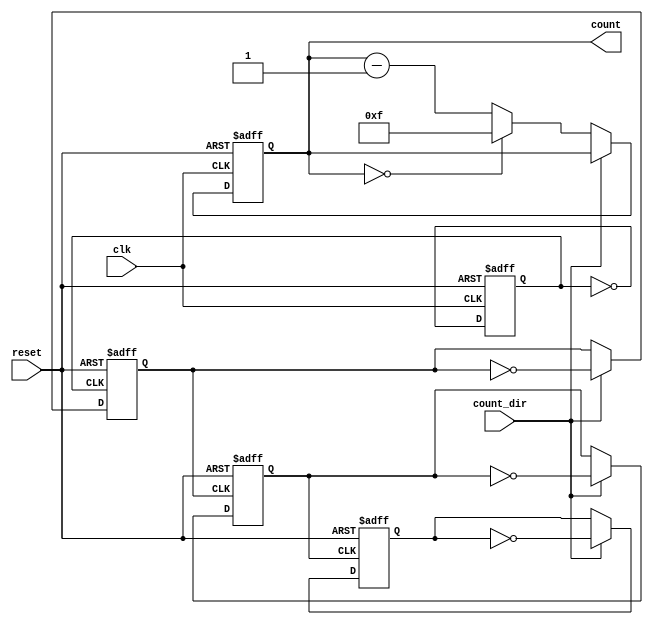
module async_counter (
    input wire clk,          // Clock input
    input wire reset,        // Asynchronous reset input
    input wire count_dir,    // Count direction: 1 for up, 0 for down
    output reg [3:0] count   // 4-bit counter output
);

// Flip-flop for LSB
always @(posedge clk or posedge reset) begin
    if (reset) begin
        count[0] <= 1'b0; // Reset LSB to 0
    end else begin
        count[0] <= ~count[0]; // Toggle LSB
    end
end

// Flip-flop for second bit
always @(negedge count[0] or posedge reset) begin
    if (reset) begin
        count[1] <= 1'b0; // Reset second bit to 0
    end else if (count_dir) begin
        count[1] <= ~count[1]; // Toggle second bit on LSB falling edge for count up
    end
end

// Flip-flop for third bit
always @(negedge count[1] or posedge reset) begin
    if (reset) begin
        count[2] <= 1'b0; // Reset third bit to 0
    end else if (count_dir) begin
        count[2] <= ~count[2]; // Toggle third bit on second bit falling edge for count up
    end
end

// Flip-flop for MSB
always @(negedge count[2] or posedge reset) begin
    if (reset) begin
        count[3] <= 1'b0; // Reset MSB to 0
    end else if (count_dir) begin
        count[3] <= ~count[3]; // Toggle MSB on third bit falling edge for count up
    end
end

// Down counting logic
always @(posedge clk or posedge reset) begin
    if (reset) begin
        count <= 4'b0000; // Reset counter to 0
    end else if (!count_dir) begin
        // Count down logic
        if (count == 4'b0000) begin
            count <= 4'b1111; // Wrap around to 15
        end else begin
            count <= count - 1; // Decrement counter
        end
    end
end

endmodule